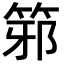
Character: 𥭕